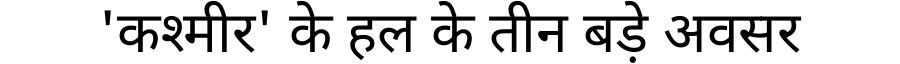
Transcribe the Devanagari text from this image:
'कश्मीर' के हल के तीन बड़े अवसर